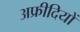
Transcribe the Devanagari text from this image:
अफ्रीदियों